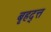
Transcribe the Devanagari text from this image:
बृहद्त्त